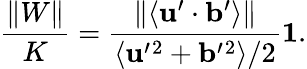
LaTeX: \frac{\| {W}\| }{K}=\frac{\| \langle{{\mathbf{u}}^{\prime}\cdot{\mathbf{b}}^{\prime}}\rangle\| }{\langle{{\mathbf{u}}^{\prime}{}^{2}+{\mathbf{b}}^{\prime}{}^{2}}\rangle/2}\le 1.